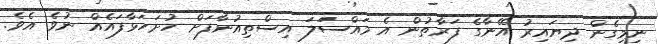
ނިމިގެން ދިޔައިރު އޭނާގެ ފަރާތުން އެ މައްސަަލަ އިސްތިއުނާފަށް ހުށަހަޅާފައެއް ނުވެ އެވެ.